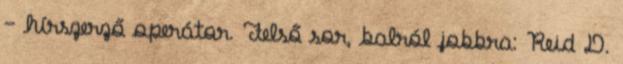
– hírszerző operátor. Felső sor, balról jobbra: Reid D.